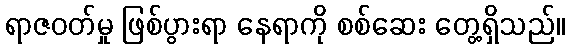
ရာဇဝတ်မှု ဖြစ်ပွားရာ နေရာကို စစ်ဆေး တွေ့ရှိသည်။